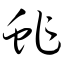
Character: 蚱